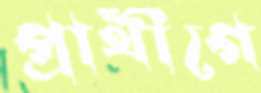
প্রার্থীগে